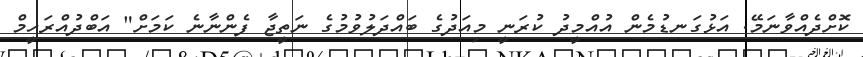
ކޮށްދެއްވާނަމޭ. އަޅުގަނޑުމެން އުއްމީދު ކުރަނީ މިއަދުގެ ބައްދަލުވުމުގެ ނަތީޖާ ފެންނާނެ ކަމަށް" އަބްދުއްރަހީމް